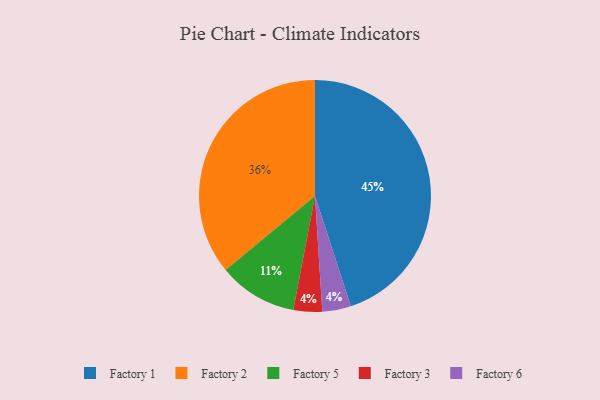
{"axis": {"x": "Category", "y": "Percentage"}, "legend": ["Factory 1", "Factory 2", "Factory 3", "Factory 5", "Factory 6"], "data": [{"x": "Factory 5", "y": 11, "type": "Factory 5"}, {"x": "Factory 3", "y": 4, "type": "Factory 3"}, {"x": "Factory 1", "y": 45, "type": "Factory 1"}, {"x": "Factory 6", "y": 4, "type": "Factory 6"}, {"x": "Factory 2", "y": 36, "type": "Factory 2"}]}